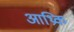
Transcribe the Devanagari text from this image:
आथ्रिक